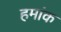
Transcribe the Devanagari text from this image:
हमांक